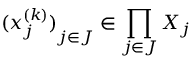
{ ( x _ { j } ^ { ( k ) } ) } _ { j \in J } \in \prod _ { j \in J } X _ { j }